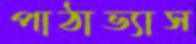
পাঠাভ্যাস